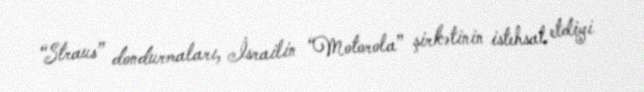
“Straus” dondurmaları, İsrailin “Motorola” şirkətinin istehsal etdiyi